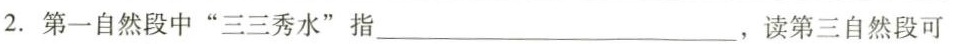
2.第一自然段中”三三秀水”指___，读第三自然段可